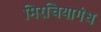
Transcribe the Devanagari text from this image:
मिरचियागंध